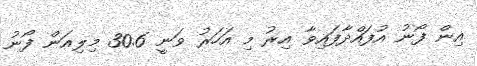
އިން ފޯނު އުފައްދާފައިވާ އިރު މި އަހަރު ވަނީ 30.6 މިލިއަން ފޯނު